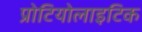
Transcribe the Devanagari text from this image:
प्रोटियोलाइटिक